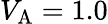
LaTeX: V_{\mathrm{A}}=1.0